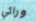
ورائي